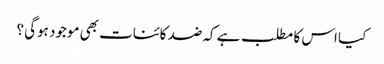
کیا اس کا مطلب ہے کہ ضد کائنات بھی موجود ہوگی ؟